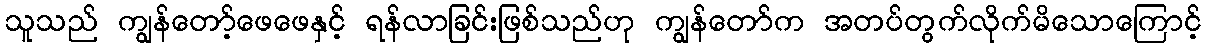
သူသည် ကျွန်တော့်ဖေဖေနှင့် ရန်လာခြင်းဖြစ်သည်ဟု ကျွန်တော်က အတပ်တွက်လိုက်မိသောကြောင့်